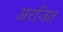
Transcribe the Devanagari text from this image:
अरजित